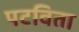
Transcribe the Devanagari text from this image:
पटविता